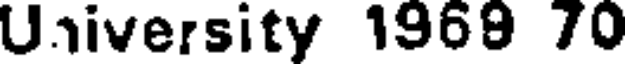
University 1969 70